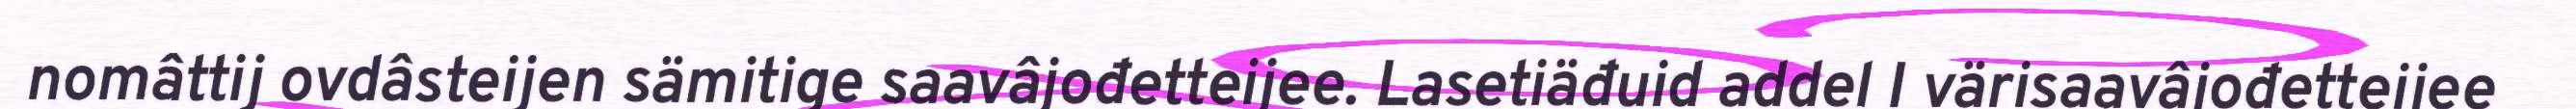
nomâttij ovdâsteijen sämitige saavâjođetteijee. Lasetiäđuid addel I värisaavâjođetteijee